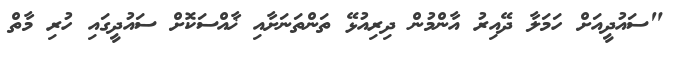
"ސައުދީއަށް ހަމަލާ ދޭއިރު އާންމުން ދިރިއުޅޭ ތަންތަނަށާއި ޚާއްސަކޮށް ސައުދީގައި ހުރި މާތް